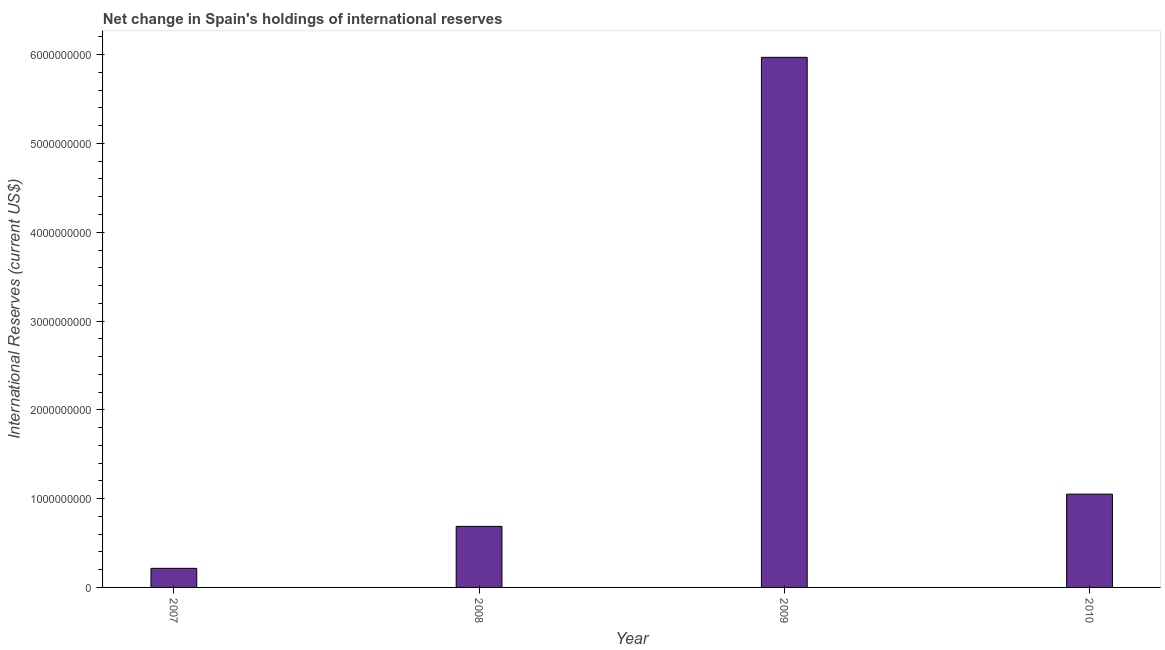
| Year | Reserves and related items |
 | --- | --- |
 | 2007 | 2.15e+08 |
 | 2008 | 6.88e+08 |
 | 2009 | 5.97e+09 |
 | 2010 | 1.05e+09 |